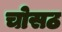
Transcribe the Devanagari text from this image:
चोसठ